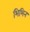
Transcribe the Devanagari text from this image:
भिभिन